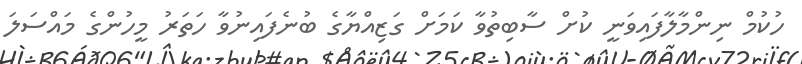
ހުކުމް ނިންމާލާފައިވަނީ ކުށް ސާބިތުވާ ކަމަށް ގަޒިއްޔާގެ ބުނެފައިނުވާ ހަތަރު މީހުންގެ މައްސަލަ